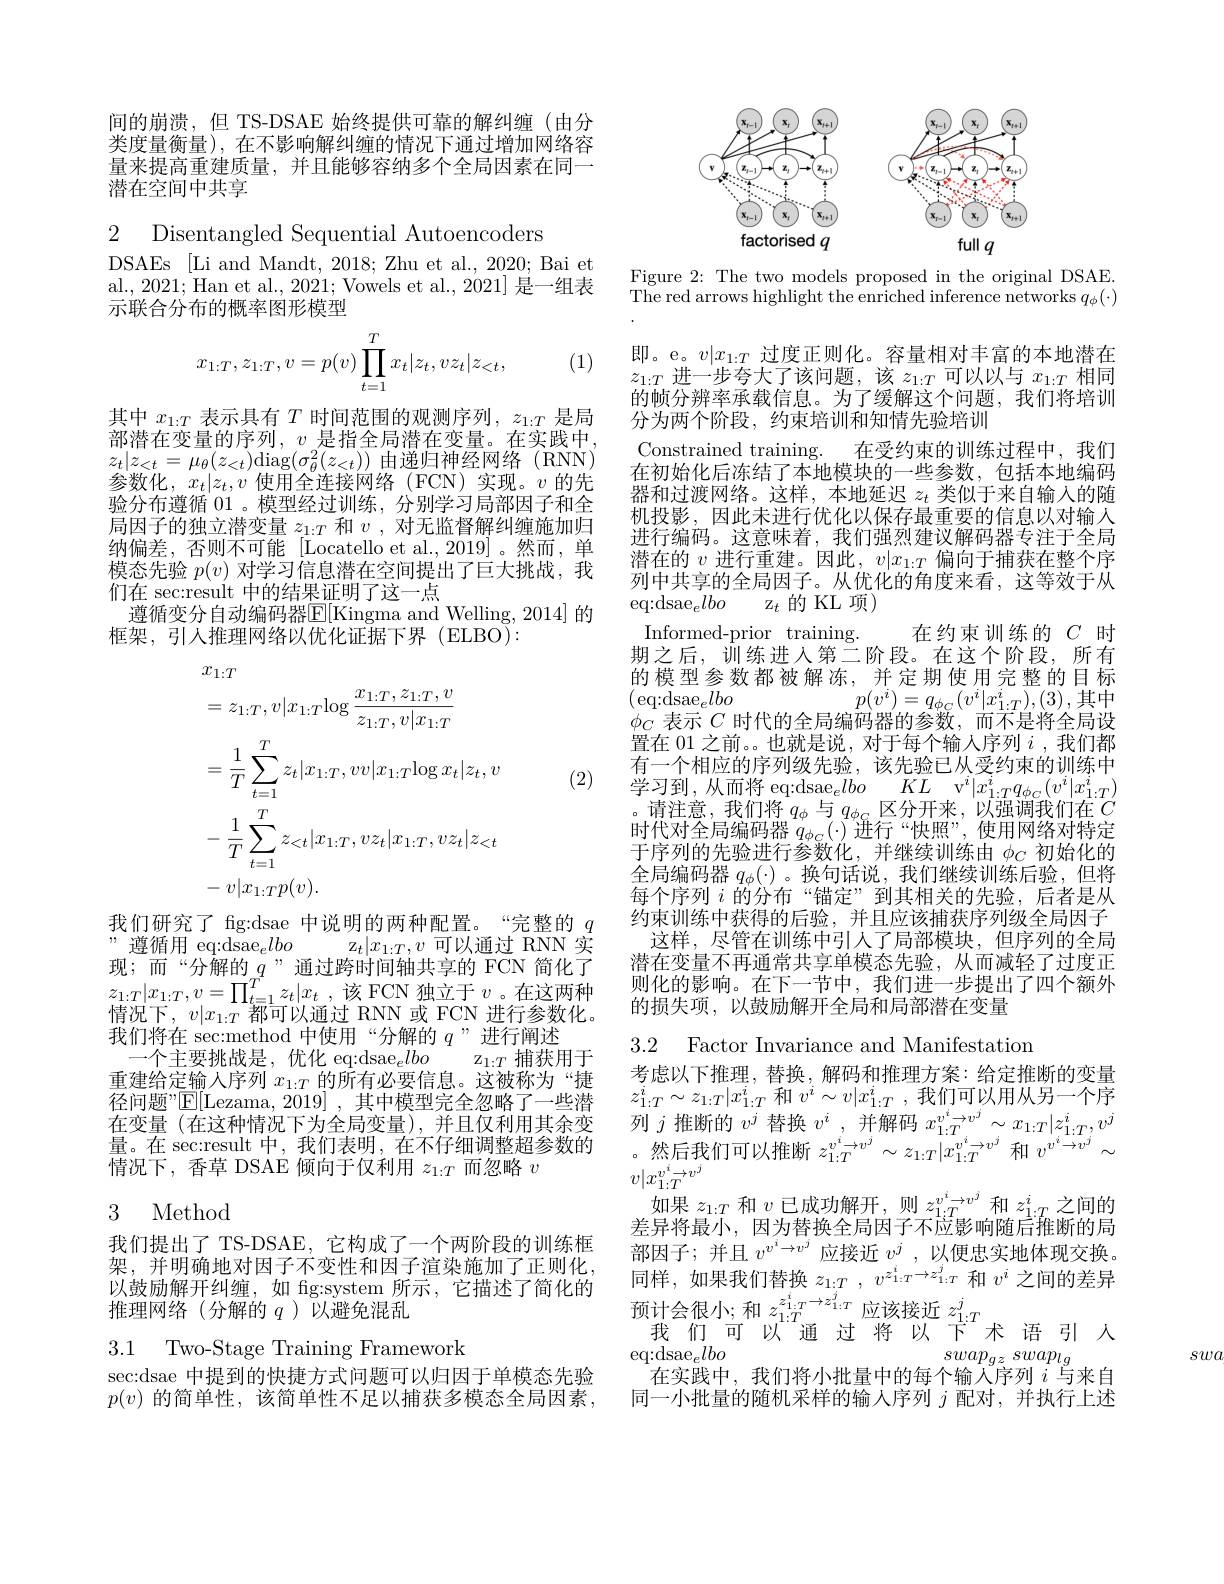
间的崩溃，但 TS-DSAE 始终提供可靠的解纠缠(由分类度量衡量), 在不影响解纠缠的情况下通过增加网络容量来提高重建质量，并且能够容纳多个全局因素在同一潜在空间中共享

2 Disentangled Sequential Autoencoders

DSAEs [Li and Mandt, 2018; Zhu et al., 2020; Bai et al., 2021; Han et al., 2021; Vowels et al., 2021] 是一组表示联合分布的概率图形模型
$$x_{1:T},z_{1:T},v=p(v)\prod_{t=1}^Tx_t|z_t,vz_t|z_{<t},$$
(1)

其中$x_{1:T}$表示具有$T$时间范围的观测序列，$z_1:T$是局部潜在变量的序列，$v$是指全局潜在变量。在实践中， $z_{t}|z_{<t}=\mu_{\theta}(z_{<t})$diag$(\sigma_{\theta}^{2}(z_{<t}))$由递归神经网络(RNN) 参数化，$x_t|z_t,v$使用全连接网络(FCN)实现。$v$的先验分布遵循 01 。模型经过训练，分别学习局部因子和全局因子的独立潜变量$z_{1:T}$和$v$,对无监督解纠缠施加归纳偏差，否则不可能[Locatello et al.,2019]。然而，单模态先验$p(v)$对学习信息潜在空间提出了巨大挑战，我们在 sec:result 中的结果证明了这一点
遵循变分自动编码器$\mathbb{E}[$Kingma and Welling, 2014] 的
框架，引人推理网络以优化证据下界(ELBO):

(2)
$$\begin{aligned}&x_{1:T}\\&=z_{1:T},v|x_{1:T}\mathrm{log}\:\frac{x_{1:T},z_{1:T},v}{z_{1:T},v|x_{1:T}}\\&=\frac{1}{T}\sum_{t=1}^{T}z_{t}|x_{1:T},vv|x_{1:T}\mathrm{log}\:x_{t}|z_{t},v\\&-\frac{1}{T}\sum_{t=1}^{T}z_{<t}|x_{1:T},vz_{t}|x_{1:T},vz_{t}|z_{<t}\\&-v|x_{1:T}p(v).\end{aligned}$$
我们研究了 fg:dsae 中说明的两种配置。“完整的$q$
, 遵循用 eq:dsae$_elbo$
$\mathrm{z}_{t}|x_{1:T},v$可以通过 RNN 实
现；而“分解的$q$”通过跨时间轴共享的 FCN 简化了$\begin{array}{l}z_{1:T}|x_{1:T},v=\prod_{t=1}^{T}z_{t}|x_{t}\:,\:\text{该 FCN 独立于 }v\text{。在这两种}\\\text{情况下，}v|x_{1:T}\text{ 都可以通过 RNN 或 FCN 进行参数化。}\end{array}$ 我们将在 sec:method 中使用“分解的$q$”进行阐述
一个主要挑战是，优化 eq:dsae$_elbo$
$\mathbb{Z}_{1:T}$捕获用于
重建给定输入序列$x_{1:T}$的所有必要信息。这被称为“捷
在 问 题 ” 区 [ Lezama, 2019] , 其 中 模 型 完 全 忽 略 了 一 些 潜 $z_{1: T}^i\sim z_{1: T}| x_{1: T}^i$和 $v^i\sim v| x_{1: T}^i$,我 们 可 以 用 从 另 一 个 序 在 变 量 ( 在 这 种 情 况 下 为 全 局 变 量 ) , 并 且 仅 利 用 其 余 变 列 $j$ 推 断 的 $v^j$ 替 换 $v^i$ 并 解 码 $x_{1: T}^{v^i\to v^j}\sim x_{1: T}| z_{1: T}^i, v^j$ 量 。在 sec: result 中 , 我 们 表 明 , 在 不 仔 细 调 整 超 参 数 的 。然 后 我 们 可 以 推 断 $z_{1: T}^{}$
情况下，香草 DSAE 倾向于仅利用$z_1:T$而忽略$v$

## 3 Method

我们提出了 TS-DSAE, 它构成了一个两阶段的训练框架，并明确地对因子不变性和因子渲染施加了正则化， 以鼓励解开纠缠，如 fig:system 所示，它描述了简化的推理网络(分解的$q$)以避免混乱

3.1 Two-Stage Training Framework

sec:dsae 中提到的快捷方式问题可以归因于单模态先验$p(v)$ 的简单性，该简单性不足以捕获多模态全局因素，

<FigureHere>

Figure 2: The two models proposed in the original DSAE. The red arrows highlight the enriched inference networks $q_\phi(\cdot)$

即。e。$v|x_{1:T}$过度正则化。容量相对丰富的本地潜在$z_{1:T}$进一步夸大了该问题，该$z_1:T$可以以与$x_1:T$相同的帧分辨率承载信息。为了缓解这个问题，我们将培训分为两个阶段，约束培训和知情先验培训
Constrained training. 在受约束的训练过程中，我们在初始化后冻结了本地模块的一些参数，包括本地编码器和过渡网络。这样，本地延迟$z_t$类似于来自输入的随机投影，因此未进行优化以保存最重要的信息以对输入进行编码。这意味着，我们强烈建议解码器专注于全局潜在的$v$进行重建。因此，$v|x_1:T$偏向于捕获在整个序列中共享的全局因子。从优化的角度来看，这等效于从eq:dsae$_elbo$z$_t$的KL 项Informed-prior training.
在约束训练的$C$时
期之后，训练进入第二阶段。在这个阶段，所有的模型参数都被解冻，并定期使用完整的目标$(\operatorname{eq:dsae}_{e}lbo$
$p(v^{i})=q_{\phi_{C}}(v^{i}|x_{1:T}^{i}),(3)$,其中
$\phi_C$表示$C$时代的全局编码器的参数，而不是将全局设置在 01 之前。也就是说，对于每个输人序列$i$ ,我们都有一个相应的序列级先验，该先验已从受约束的训练中学习到，从而将 eq:dsae$_elbo$ $KL$ v$^i|x_{1:T}^iq_{\phi_C}(v^i|x_{1:T}^i)$ $\begin{array}{c}\text{。请注意，我们将 }q_{\phi}\text{ 与 }q_{\phi_{G}}\text{ 区分开来，以强调我们在 }C\\\text{时代对全局编码器 }q_{\phi_{C}}(\cdot)\text{ 进行 “快照”,使用网络对特定}\end{array}$ 于序列的先验进行参数化，并继续训练由$\phi_C$初始化的全局编码器$q_\phi(\cdot)$ 。换句话说，我们继续训练后验，但将每个序列$i$的分布“锚定”到其相关的先验，后者是从约束训练中获得的后验，并且应该捕获序列级全局因子
这样，尽管在训练中引人了局部模块，但序列的全局潜在变量不再通常共享单模态先验，从而减轻了过度正则化的影响。在下一节中，我们进一步提出了四个额外的损失项，以鼓励解开全局和局部潜在变量

3.2 Factor Invariance and Manifestation

考虑以下推理，替换，解码和推理方案：给定推断的变量
$v|x_{1:T}^{v^i\to v^j}$
如果$z_1:T$和$v$已成功解开，则$z_1:T^{v^i\to v^j}$和$z_{1:T}^i$之间的差异将最小，因为替换全局因子不应影响随后推断的局部因子；并且$v^{v^i\to v^j}$应接近$v^j$,以便忠实地体现交换。同样，如果我们替换$z_1: T$ , $v^{z_{1: T}^i\rightarrow z_{1: T}^j}$和$v^i$之间的差异$\begin{array}{c}\text{阿什，如不以们日贝 }z_{1:T}^{i},&\:\\\text{预计会很小；和 }z_{1:T}^{z_{1:T}^{i}\to z_{1:T}^{j}}&\text{应该接近 }z_{1:T}^{j}\\\text{我 们可以通 过 将 以下木 语 引 人}\end{array}$ $\mathrm{eq:dsae}_elbo$
$swap_{gz}$ $swap_{lg}$
在实践中，我们将小批量中的每个输入序列$i$与来自同一小批量的随机采样的输入序列$j$配对，并执行上述

swa